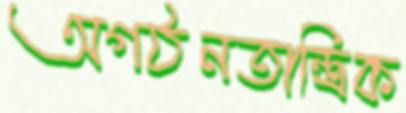
অগঠনতান্ত্রিক